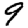
Digit: 9